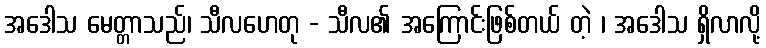
အဒေါသ မေတ္တာသည်၊ သီလဟေတု - သီလ၏ အကြောင်းဖြစ်တယ် တဲ့ ၊ အဒေါသ ရှိလာလို့